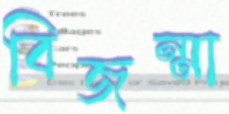
বিজন্মা